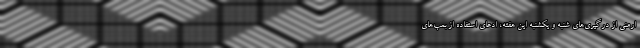
ارمنی از درگیری‌های شنبه و یکشنبه این هفته، ادعای استفاده از بمب‌های